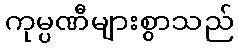
ကုမ္ပဏီများစွာသည်